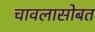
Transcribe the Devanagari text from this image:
चावलासोबत